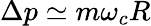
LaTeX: \Delta p\simeq m\omega_{c}R